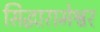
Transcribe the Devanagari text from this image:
सिद्धारामेश्वर